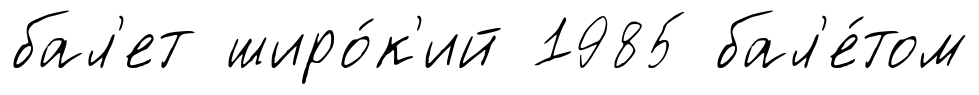
бал'ет широ́к'ий 1985 бал'е́том